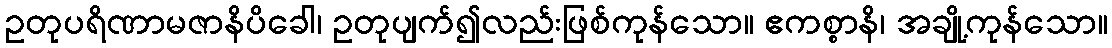
ဥတုပရိဏာမဇာနိပိခေါ၊ ဥတုပျက်၍လည်းဖြစ်ကုန်သော။ ဧကစ္စာနိ၊ အချို့ကုန်သော။